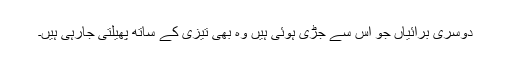
دوسری برائیاں جو اس سے جڑی ہوئی ہیں وہ بھی تیزی کے ساتھ پھیلتی جارہی ہیں۔